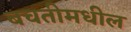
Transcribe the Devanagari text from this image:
बचतीमधील